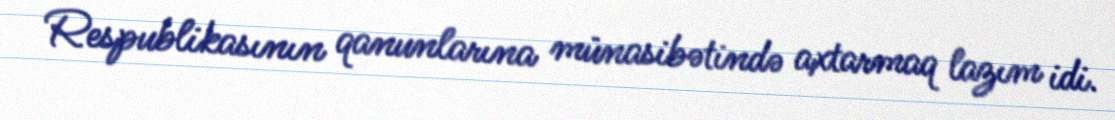
Respublikasının qanunlarına münasibətində axtarmaq lazım idi.